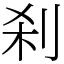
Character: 刹